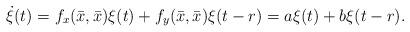
LaTeX: \begin{align*}\dot{\xi}(t)=f_x(\bar{x},\bar{x})\xi(t)+f_y(\bar{x},\bar{x})\xi(t-r)=a\xi(t)+b\xi(t-r).\end{align*}